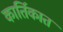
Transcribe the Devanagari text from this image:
कार्तिकात